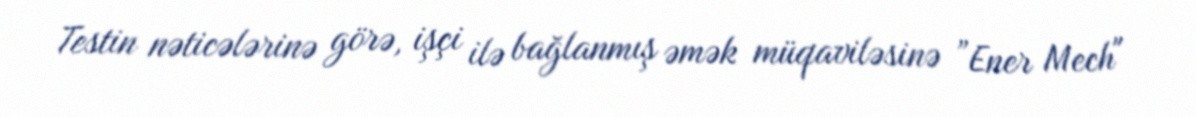
Testin nəticələrinə görə, işçi ilə bağlanmış əmək müqaviləsinə ”Ener Mech"